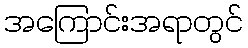
အကြောင်းအရာတွင်